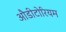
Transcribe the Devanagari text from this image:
औडीटोरियम